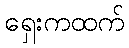
ရှေးကထက်